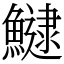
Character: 𩻸